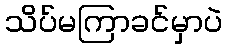
သိပ်မကြာခင်မှာပဲ